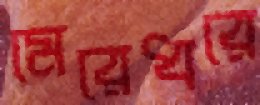
মেরেধরে